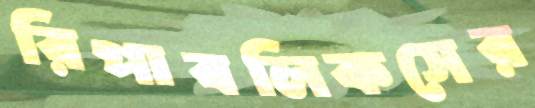
রিপাবলিকসের